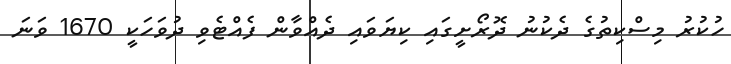
ހުކުރު މިސްކިތުގެ ދެކުނު ދޮރޯށީގައި ކިޔަވައި ދެއްވާން ފެއްޓެވި ދުވަހަކީ 1670 ވަނަ